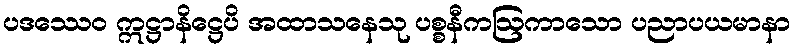
ပဒဿေဝ ဣဋ္ဌာနိဋ္ဌေပိ အထာသနေသု ပစ္စနီကဩကာသော ပညာပယမာနာ